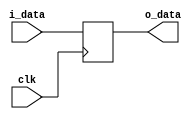
// ??????
// @param i_data ?????
// @param o_data ?????
// @param clk ????
module ALUoutDR(i_data, clk, o_data);
  input clk;
  input [31:0] i_data;
  output reg[31:0] o_data;
  always @(posedge clk) begin
    o_data = i_data;
  end
endmodule